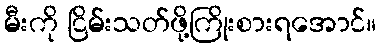
မီးကို ငြိမ်းသတ်ဖို့ကြိုးစားရအောင်။